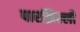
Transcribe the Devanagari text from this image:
पारझिल्ली